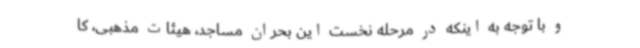
و با توجه به اینکه در مرحله نخست این بحران مساجد، هیئات مذهبی، کا